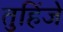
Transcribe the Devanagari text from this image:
तुहिंजे